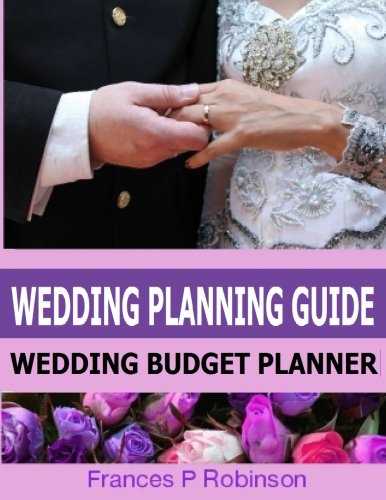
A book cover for Wedding Planning Guide: Wedding Budget Planner and More; Frances P Robinson; Crafts, Hobbies & Home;